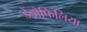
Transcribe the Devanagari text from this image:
डेंड्रोफिलिया